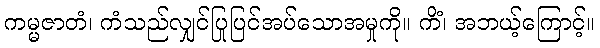
ကမ္မဇာတံ၊ ကံသည်လျှင်ပြုပြင်အပ်သောအမှုကို။ ကိံ၊ အဘယ့်ကြောင့်။